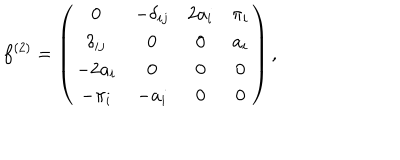
LaTeX: f ^ { ( 2 ) } = \left( \begin{array} { c c c c } { { 0 } } & { { - \delta _ { i j } } } & { { 2 a _ { i } } } & { { \pi _ { i } } } \\ { { \delta _ { i j } } } & { { 0 } } & { { 0 } } & { { a _ { i } } } \\ { { - 2 a _ { i } } } & { { 0 } } & { { 0 } } & { { 0 } } \\ { { - \pi _ { i } } } & { { - a _ { i } } } & { { 0 } } & { { 0 } } \\ \end{array} \right) ,